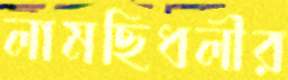
লামছিধলীর